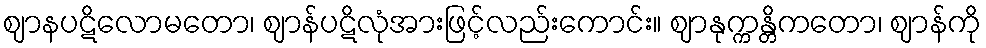
ဈာနပဋိလောမတော၊ ဈာန်ပဋိလုံအားဖြင့်လည်းကောင်း။ ဈာနုက္ကန္တိကတော၊ ဈာန်ကို